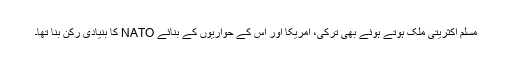
مسلم اکثریتی ملک ہوتے ہوئے بھی ترکی، امریکا اور اس کے حواریوں کے بنائے NATO کا بنیادی رکن بنا تھا۔